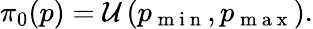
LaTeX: \begin{array}{r}{\pi_{0}(p)=\mathcal{U}\left(p_{\mathrm{~m~i~n~}},p_{\mathrm{~m~a~x~}}\right).}\end{array}